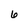
Character: 6